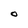
Character: O